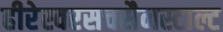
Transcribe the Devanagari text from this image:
हीरेस्वरसचसैनस्टाल्ट